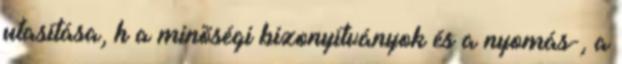
utasítása, h a minõségi bizonyítványok és a nyomás-, a